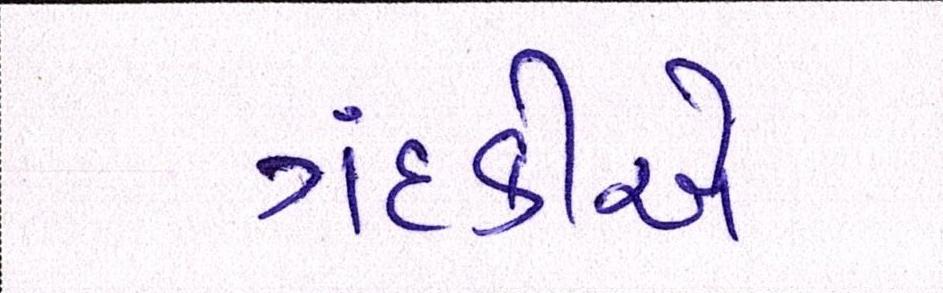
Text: ગંદકીએ